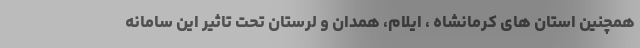
همچنین استان های کرمانشاه ، ایلام، همدان و لرستان تحت تاثیر این سامانه